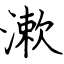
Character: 漱